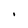
Character: I